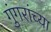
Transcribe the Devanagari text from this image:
गुंगरांच्या